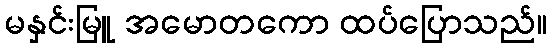
မနှင်းမြူ အမောတကော ထပ်ပြောသည်။